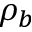
\rho _ { b }